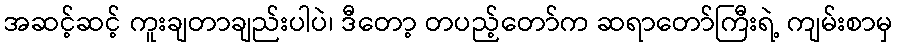
အဆင့်ဆင့် ကူးချတာချည်းပါပဲ၊ ဒီတော့ တပည့်တော်က ဆရာတော်ကြီးရဲ့ ကျမ်းစာမှ